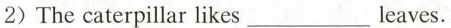
2)The caterpillar likes ___ leaves.